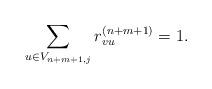
LaTeX: \begin{align*}\sum_{u \in V_{n+m+1,j}}r_{vu}^{(n+m+1)} = 1.\end{align*}